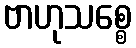
ဗာဟုသစ္စေ